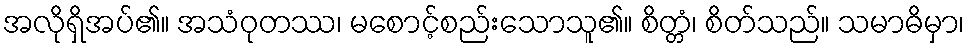
အလိုရှိအပ်၏။ အသံဝုတဿ၊ မစောင့်စည်းသောသူ၏။ စိတ္တံ၊ စိတ်သည်။ သမာဓိမှာ၊